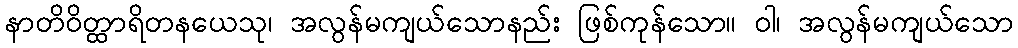
နာတိဝိတ္ထာရိတနယေသု၊ အလွန်မကျယ်သောနည်း ဖြစ်ကုန်သော။ ဝါ၊ အလွန်မကျယ်သော